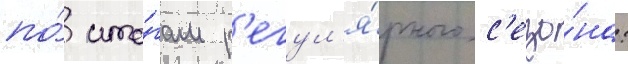
по́ ито́гам р'егул'я́рного с'езо́на: